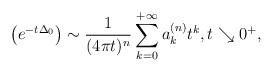
LaTeX: \begin{align*}\left(e^{-t\Delta_{0}}\right)\sim \frac{1}{(4\pi t)^n}\sum\limits_{k=0}^{+\infty}a_k^{(n)}t^k, t\searrow 0^+, \end{align*}